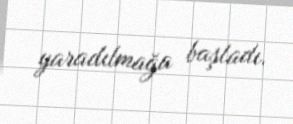
yaradılmağa başladı.